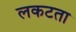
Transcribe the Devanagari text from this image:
लकटता